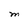
Character: M